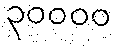
၃၀၀၀၀